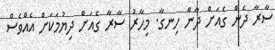
ސާރާ ދެން ގެއަށް ދާން ހިނގާ. މިހާރު ސާރާ ގެއަށް ދިޔުމަކަށް އެއްވެސް